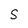
Character: S